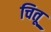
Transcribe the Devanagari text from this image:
चितू